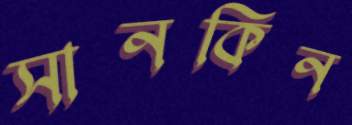
সানকিন